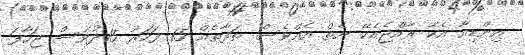
އިންޑިއާ އެެކޭ ރާއްޖެއެކޭ ނެތް އެއްވެސް ތަފާތެއް 15 ފަހަރު 15ދުވަސް ޖަހާފަ